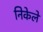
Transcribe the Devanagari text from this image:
निकेले